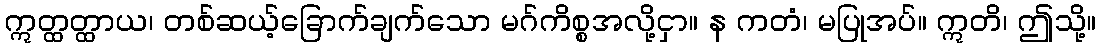
ဣတ္ထတ္ထာယ၊ တစ်ဆယ့်ခြောက်ချက်သော မဂ်ကိစ္စအလို့ငှာ။ န ကတံ၊ မပြုအပ်။ ဣတိ၊ ဤသို့။